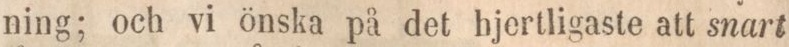
ning; och vi önska på det hjertligaste att snart